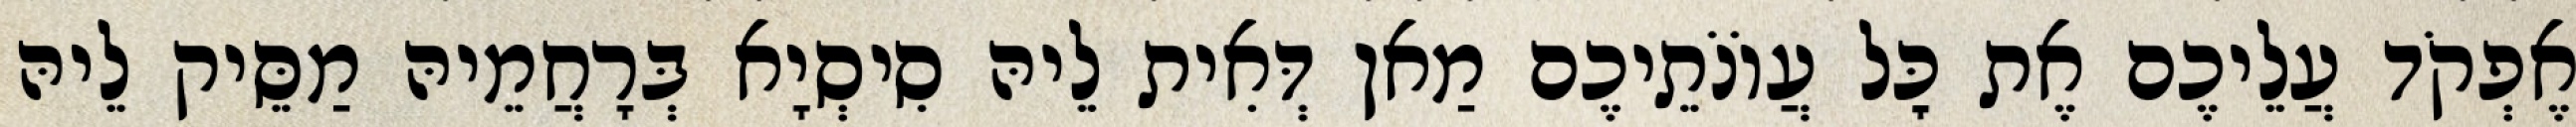
אֶפְקֹד עֲלֵיכֶם אֶת כׇּל עֲוֹנֹתֵיכֶם מַאן דְּאִית לֵיהּ סִיסְיָא בְּרָחֲמֵיהּ מַסֵּיק לֵיהּ